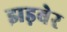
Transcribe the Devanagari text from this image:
झड़बेर